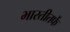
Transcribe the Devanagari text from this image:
भारतीतर्फे